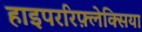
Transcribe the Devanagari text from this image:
हाइपररिफ़्लेक्सिया